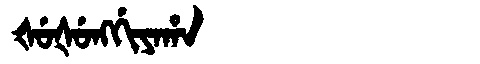
Manchu: ᡧᡠᡧᡠᠩᡤᡳᠶᠠᡥᠠ
Romanization: ŠUŠUNGGIYAHA